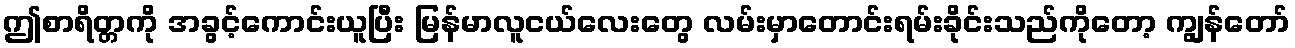
ဤစာရိတ္တကို အခွင့်ကောင်းယူပြီး မြန်မာလူငယ်လေးတွေ လမ်းမှာတောင်းရမ်းခိုင်းသည်ကိုတော့ ကျွန်တော်